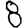
Digit: 8